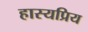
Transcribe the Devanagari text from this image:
हास्यप्रिय